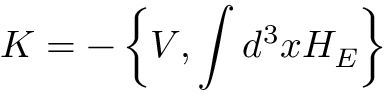
K = - \left\{ V , \int d ^ { 3 } x H _ { E } \right\}